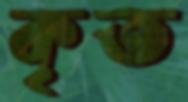
কৃত